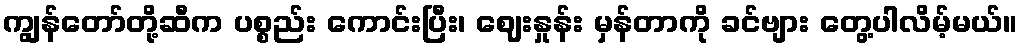
ကျွန်တော်တို့ဆီက ပစ္စည်း ကောင်းပြီး၊ ဈေးနှုန်း မှန်တာကို ခင်ဗျား တွေ့ပါလိမ့်မယ်။